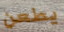
يطعن